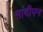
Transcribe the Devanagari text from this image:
सांदीपन